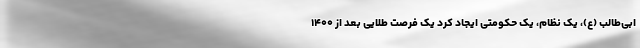
ابی‌طالب (ع)، یک نظام، یک حکومتی ایجاد کرد یک فرصت طلایی بعد از ۱۴۰۰